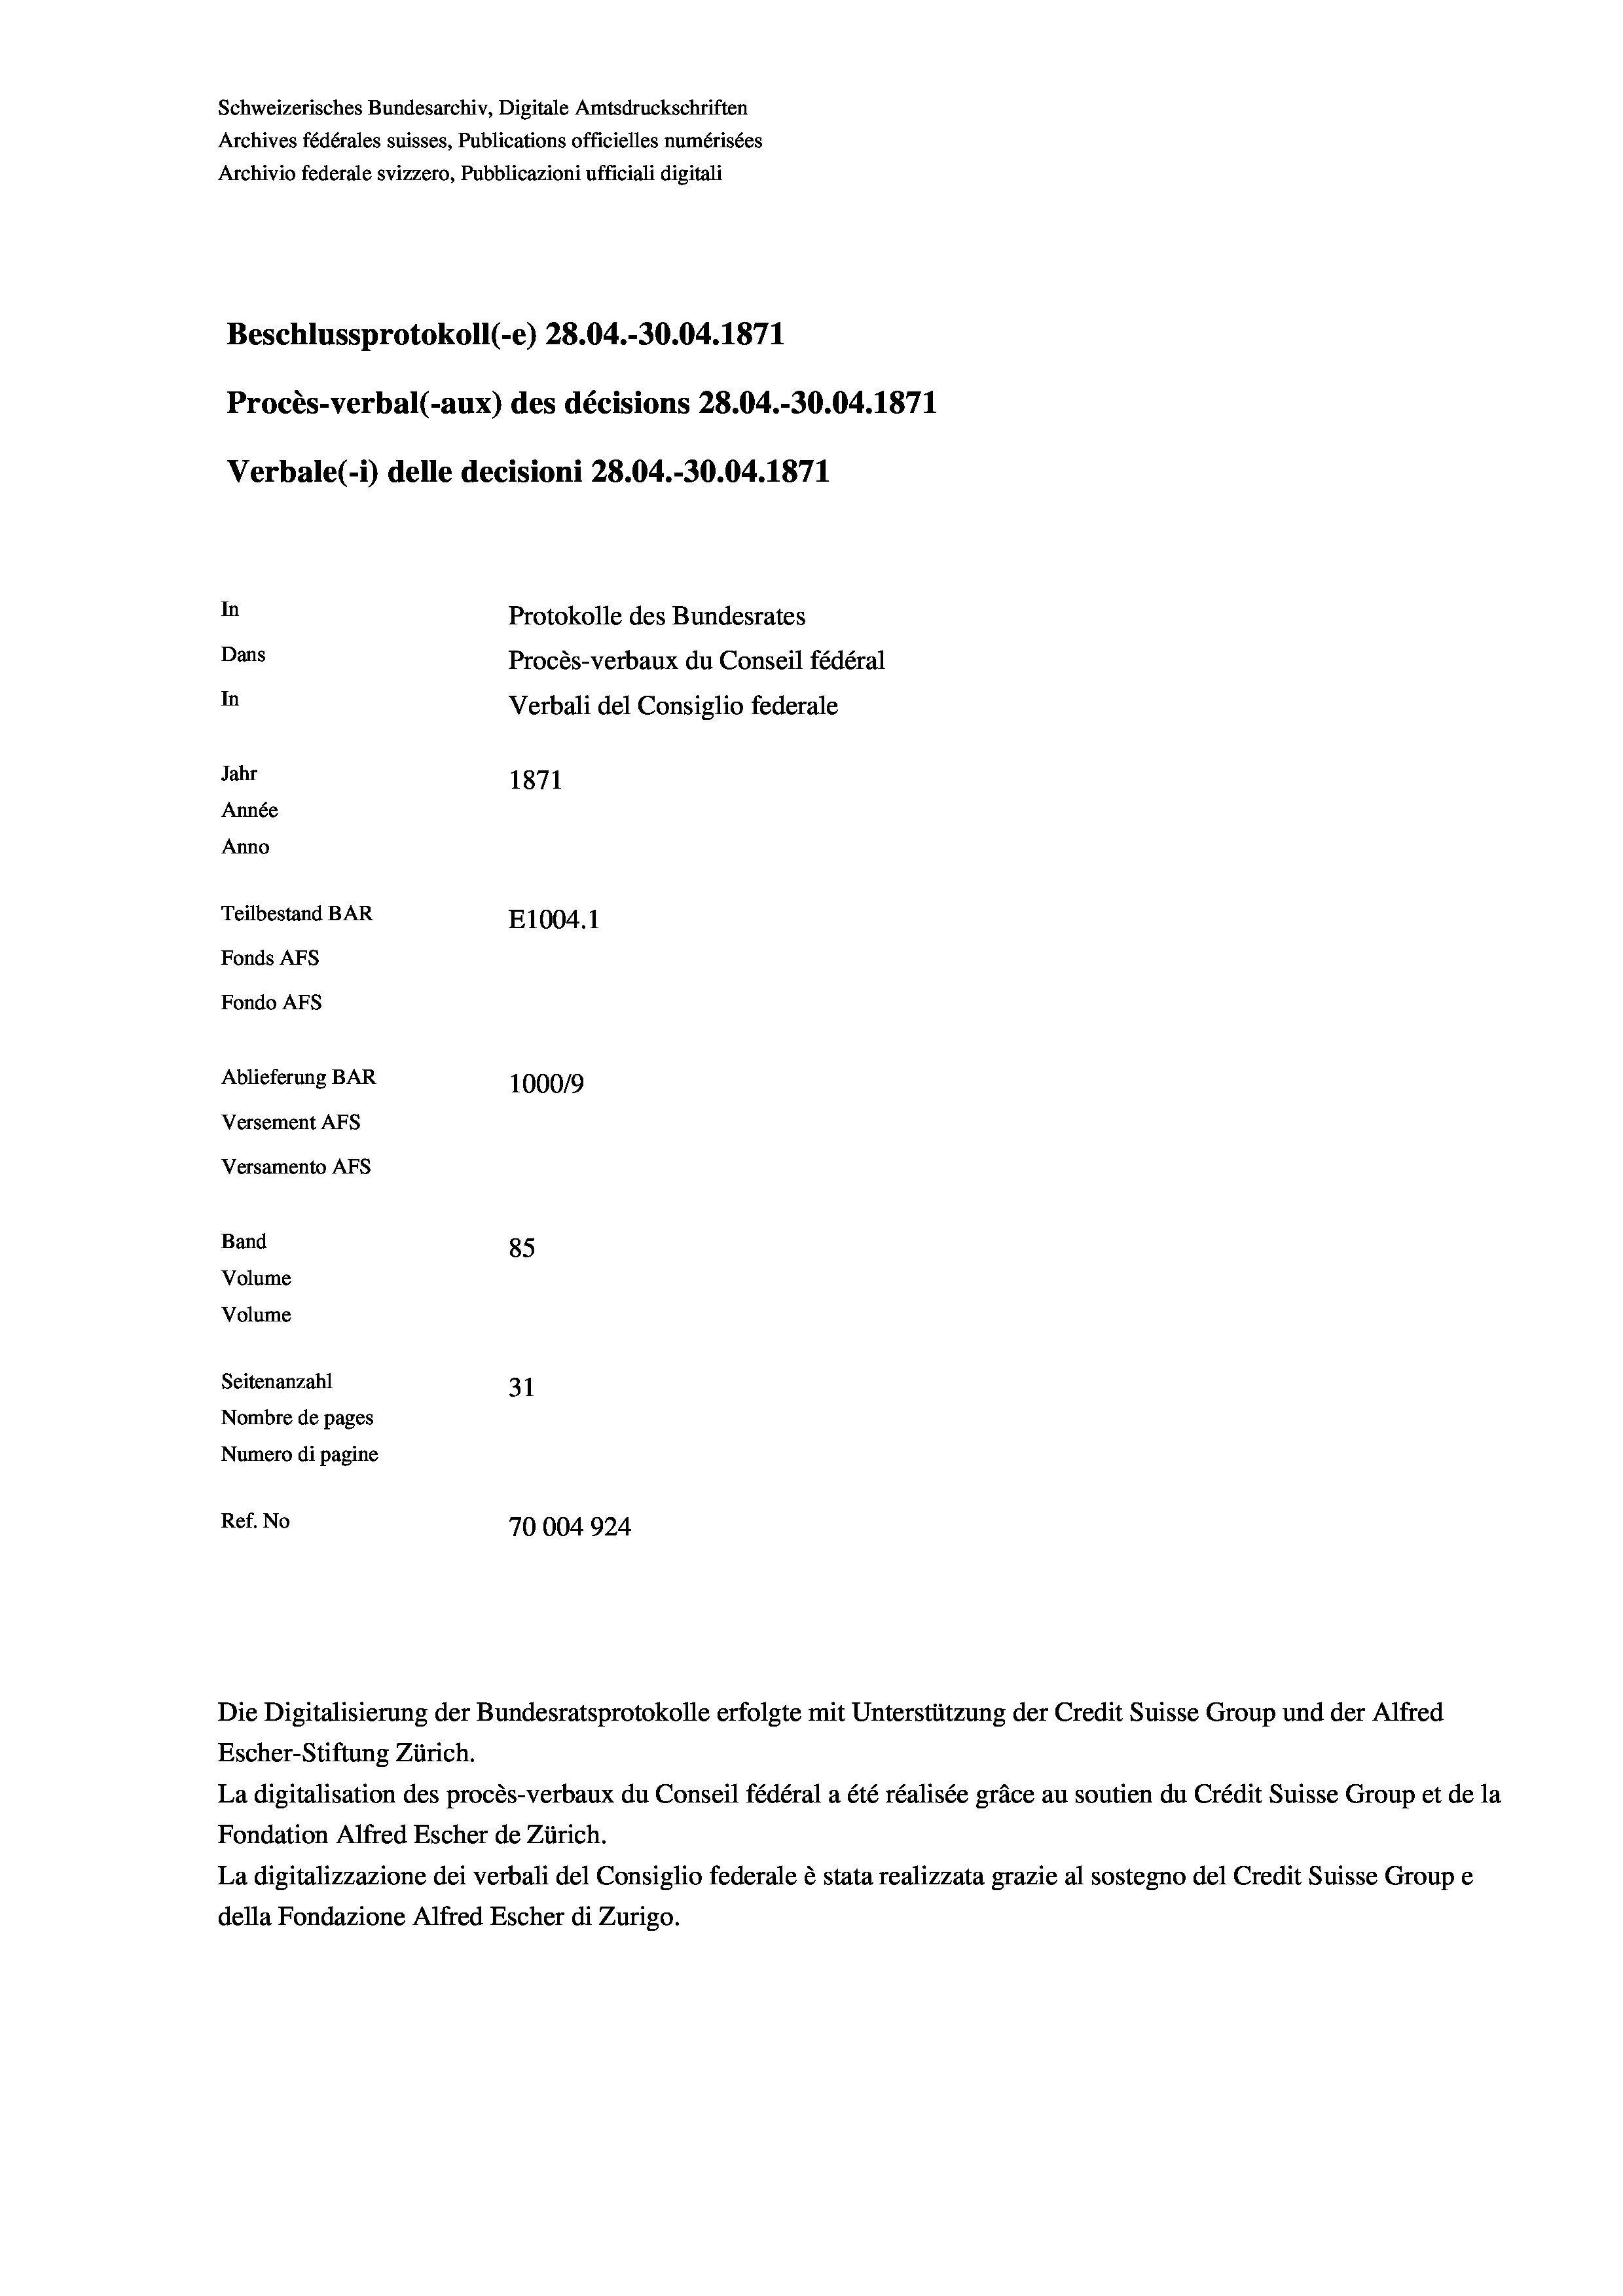
Schweizerisches Bundesarchiv, Digitale Amtsdruckschriften
Archives fédérales suisses, Publications officielles numérisées
Archivio federale svizzero, Pubblicazioni ufficiali digitali
Beschlussprotokoll (-e) 28.04.-30.04. 1871
Procès-verbal (-aux) des décisions 28.04.-30.04. 1871
Verbale(-*) delle decisioni 28.04.-30.04. 1871
In
Protokolle des Bundesrates
Dans
Procès-verbaux du Conseil fédéral
In
Verbali del Consiglio federale
Jahr
1871
Année
Anno
Teilbestand BAR
E1004. 1
Fonds Afs
Fondo AFS
Ablieferung BAR
100019
Versement AFs
Versamento Afs
Band
85
Volume
Volume
Seitenanzahl
31
Nombre de pages
Numero di pagine
Ref. No
70004924

Escher-Stiftung Zürich.
La digitalisation des procès-verbaux du Conseil fédéral a été réalisée gräce au soutien du Crédit Suisse Group et de la
Fondation Alfred Escher de Zürich.
La digitalizzazione dei verbali del Consiglio federale è stata realizzata grazie al sostegno del Credit Suisse Groupe
della Fondazione Alfred Escher di Zurigo.

Die Digitalisierung der Bundesratsprotokolle erfolgte mit Unterstützung der Credit Suisse Group und der Alfred